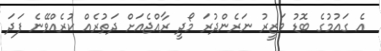
އެ ގައުމުގެ ބޮޑު ވަޒީރު ނަރެންދުރަ މޯދީ ރާއްޖެއަށް ދަތުރެއް ކުރެއްވޭނެ ފަދަ